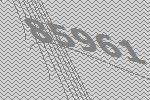
85961